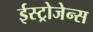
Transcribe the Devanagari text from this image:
ईस्ट्रोजेन्स